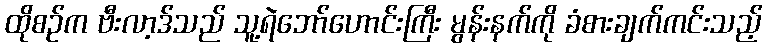
ထိုစဉ်က ဗီးလာ့ဒ်သည် သူ့ရဲဘော်ဟောင်းကြီး မွန်းနက်ကို ခံစားချက်ကင်းသည့်